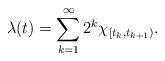
LaTeX: \begin{align*}\lambda(t)=\sum_{k=1}^{\infty}2^k\chi_{[t_k,t_{k+1})}.\end{align*}